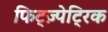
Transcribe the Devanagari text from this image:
फिट्ज़्पेट्रिक